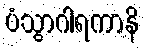
ပံသွာဂါရကာနိ